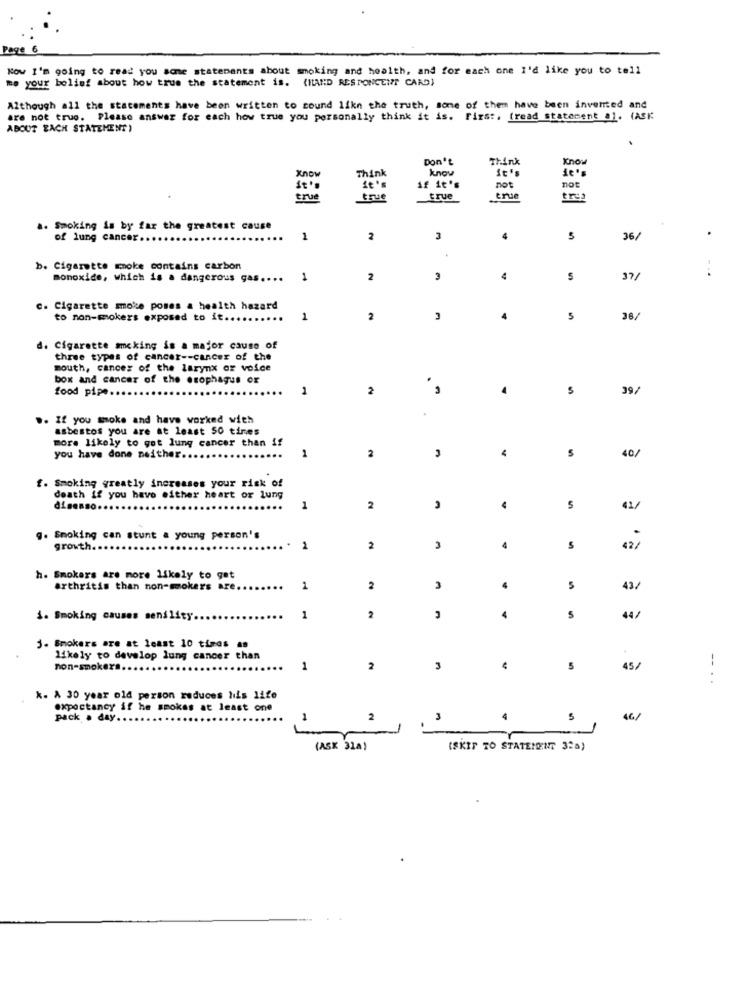
Page 6
Now I'm going to read you some statenants about smoking and health, and for each one I'd like you to tell
me your belief about how true the statement is. (HAND RESPONCENT CARD)
Although all the statements have been written to cound likn the truth, some of them have been invented and
are not true. Please answer for each how true you personally think it is. First, (read statement al. (ASK
ABOUT EACH STATEMENT)
Don't
Think
Know
know
It's
Know
Think
st ':
it's
if it's
not
not
true
true
true
tres
a. Smoking is by far the greatest cause
of lung cancer.
...
1
2
3
3
36/
b. Cigarette moke contains carbon
-..
monoxide, which is a dangerous gas ....
1
2
3
37/
c. Cigarette smoke poses a health hazard
to non-smokers exposed to it ...
1
2
4
5
38/
d. Cigarette amcking is a major cause of
three types of cancer -- cancer of the
mouth, cancer of the larynx or voice
box and cancer of the esophagus ox
food pipe.
1
2
S
39/
.
.. If you smoke and have worked with
asbestos you are at least 50 tines
more likely to got lung cancer than if
1
2
S
you have done neither ..
40/
f. Smoking greatly increases your risk of
death if you have either heart or lung
disenso.
1
2
41/
g. Smoking can stunt a young person's
growth.
2
2
4
s
42 /
h. Smokers are more likely to get
arthritis than non-mokers are
2
2
3
5
43/
4
1. Smoking causes senility
1
2
44/
j- Smokers are at least 10 times as
likely to develop lung cancer than
non-smokers ...
1
2
3
5
45/
-...
*. A 30 year old person reduces his life
expectancy if he smokes at least one
pack . day ...
1
2
3
5
46/
(ASK 31a)
(SKIP TO STATEMENT 32a)